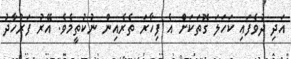
އަދި ދުވެފައި ކަހަލަ ގޮތަކަށް އެ ފިހާރަ ތެރެއިން ނުކުތީމެވެ. އޭރު ފަރުހާދު